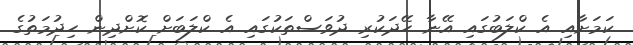
ކަމަށާއި އެ ކްލަބުގައި އޭނާ ހޭދަކުރި ދުވަސްތަކުގައި އެ ކްލަބަށް ކޮށްދިން ހިދުމަތުގެ